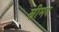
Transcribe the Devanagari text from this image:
स्रीमद